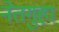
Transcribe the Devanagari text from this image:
नेतगुहा